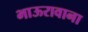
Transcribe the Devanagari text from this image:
भाऊरावाना